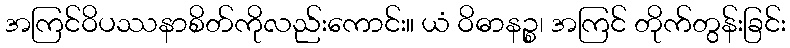
အကြင်ဝိပဿနာစိတ်ကိုလည်းကောင်း။ ယံ ဝိဓာနဉ္စ၊ အကြင် တိုက်တွန်းခြင်း